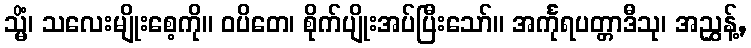
သ္မိံ၊ သလေးမျိုးစေ့ကို။ ဝပိတေ၊ စိုက်ပျိုးအပ်ပြီးသော်။ အင်္ကုရပတ္တာဒီသု၊ အညွှန့်,